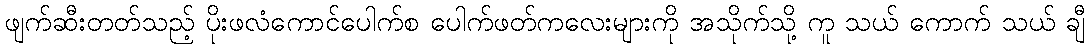
ဖျက်ဆီးတတ်သည့် ပိုးဖလံကောင်ပေါက်စ ပေါက်ဖတ်ကလေးများကို အသိုက်သို့ ကူ သယ် ကောက် သယ် ချီ